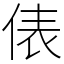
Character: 俵